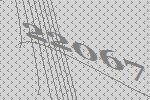
22067